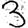
Digit: 3